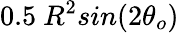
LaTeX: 0.5\ R^{2}sin(2\theta_{o})